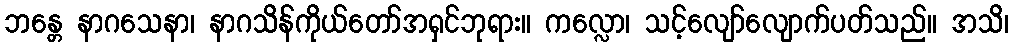
ဘန္တေ နာဂသေနာ၊ နာဂသိန်ကိုယ်တော်အရှင်ဘုရား။ ကလ္လော၊ သင့်လျော်လျောက်ပတ်သည်။ အသိ၊